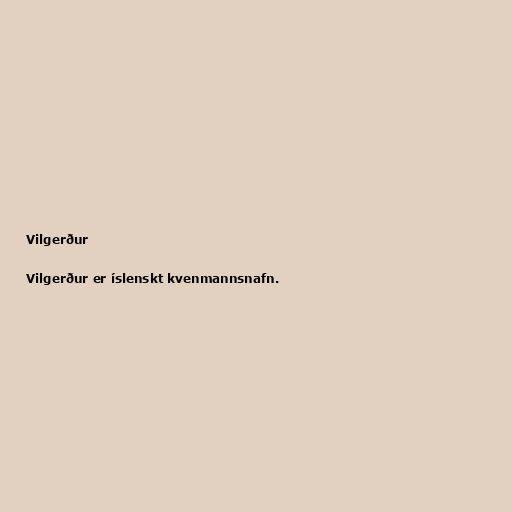
Vilgerður

Vilgerður er íslenskt kvenmannsnafn.